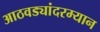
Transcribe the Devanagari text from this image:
आठवड्यांदरम्यान